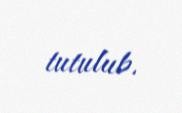
tutulub.